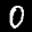
Label: 0